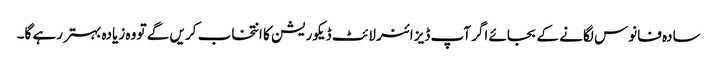
سادہ فانوس لگانے کے بجائے اگر آپ ڈیزائنر لائٹ ڈیکوریشن کا انتخاب کریں گے تو وہ زیادہ بہتر رہے گا۔